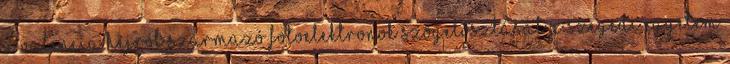
a valencia héjról származó fotoelektronok szögeloszlását a Szegedi Egyetem